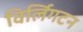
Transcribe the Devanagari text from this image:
विर्लिगटन